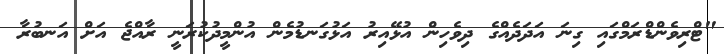
"ޓްރިވެންޑްރަމްގައި ގިނަ އަދަދެއްގެ ދިވެހިން އުޅޭއިރު އަޅުގަނޑުމެން އުުންމީދުކުރަނީ ރާއްޖެ އަށް އަނބުރާ